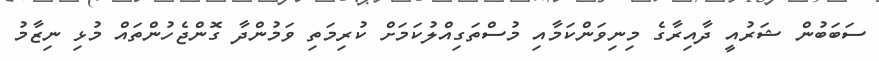
ސަބަބުން ޝަރުއީ ދާއިރާގެ މިނިވަންކަމާއި މުސްތަގިއްލުކަމަށް ކުރިމަތި ވަމުންދާ ގޮންޖެހުންތައް މުޅި ނިޒާމު